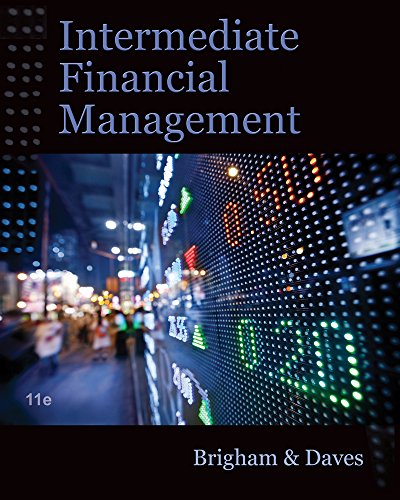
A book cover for Intermediate Financial Management (with Thomson ONE - Business School Edition Finance 1-Year 2-Semester Printed Access Card); Eugene F. Brigham; Business & Money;